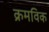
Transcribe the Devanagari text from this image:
क्रमविक